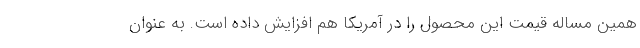
همین مساله قیمت این محصول را در آمریکا هم افزایش داده است. به عنوان